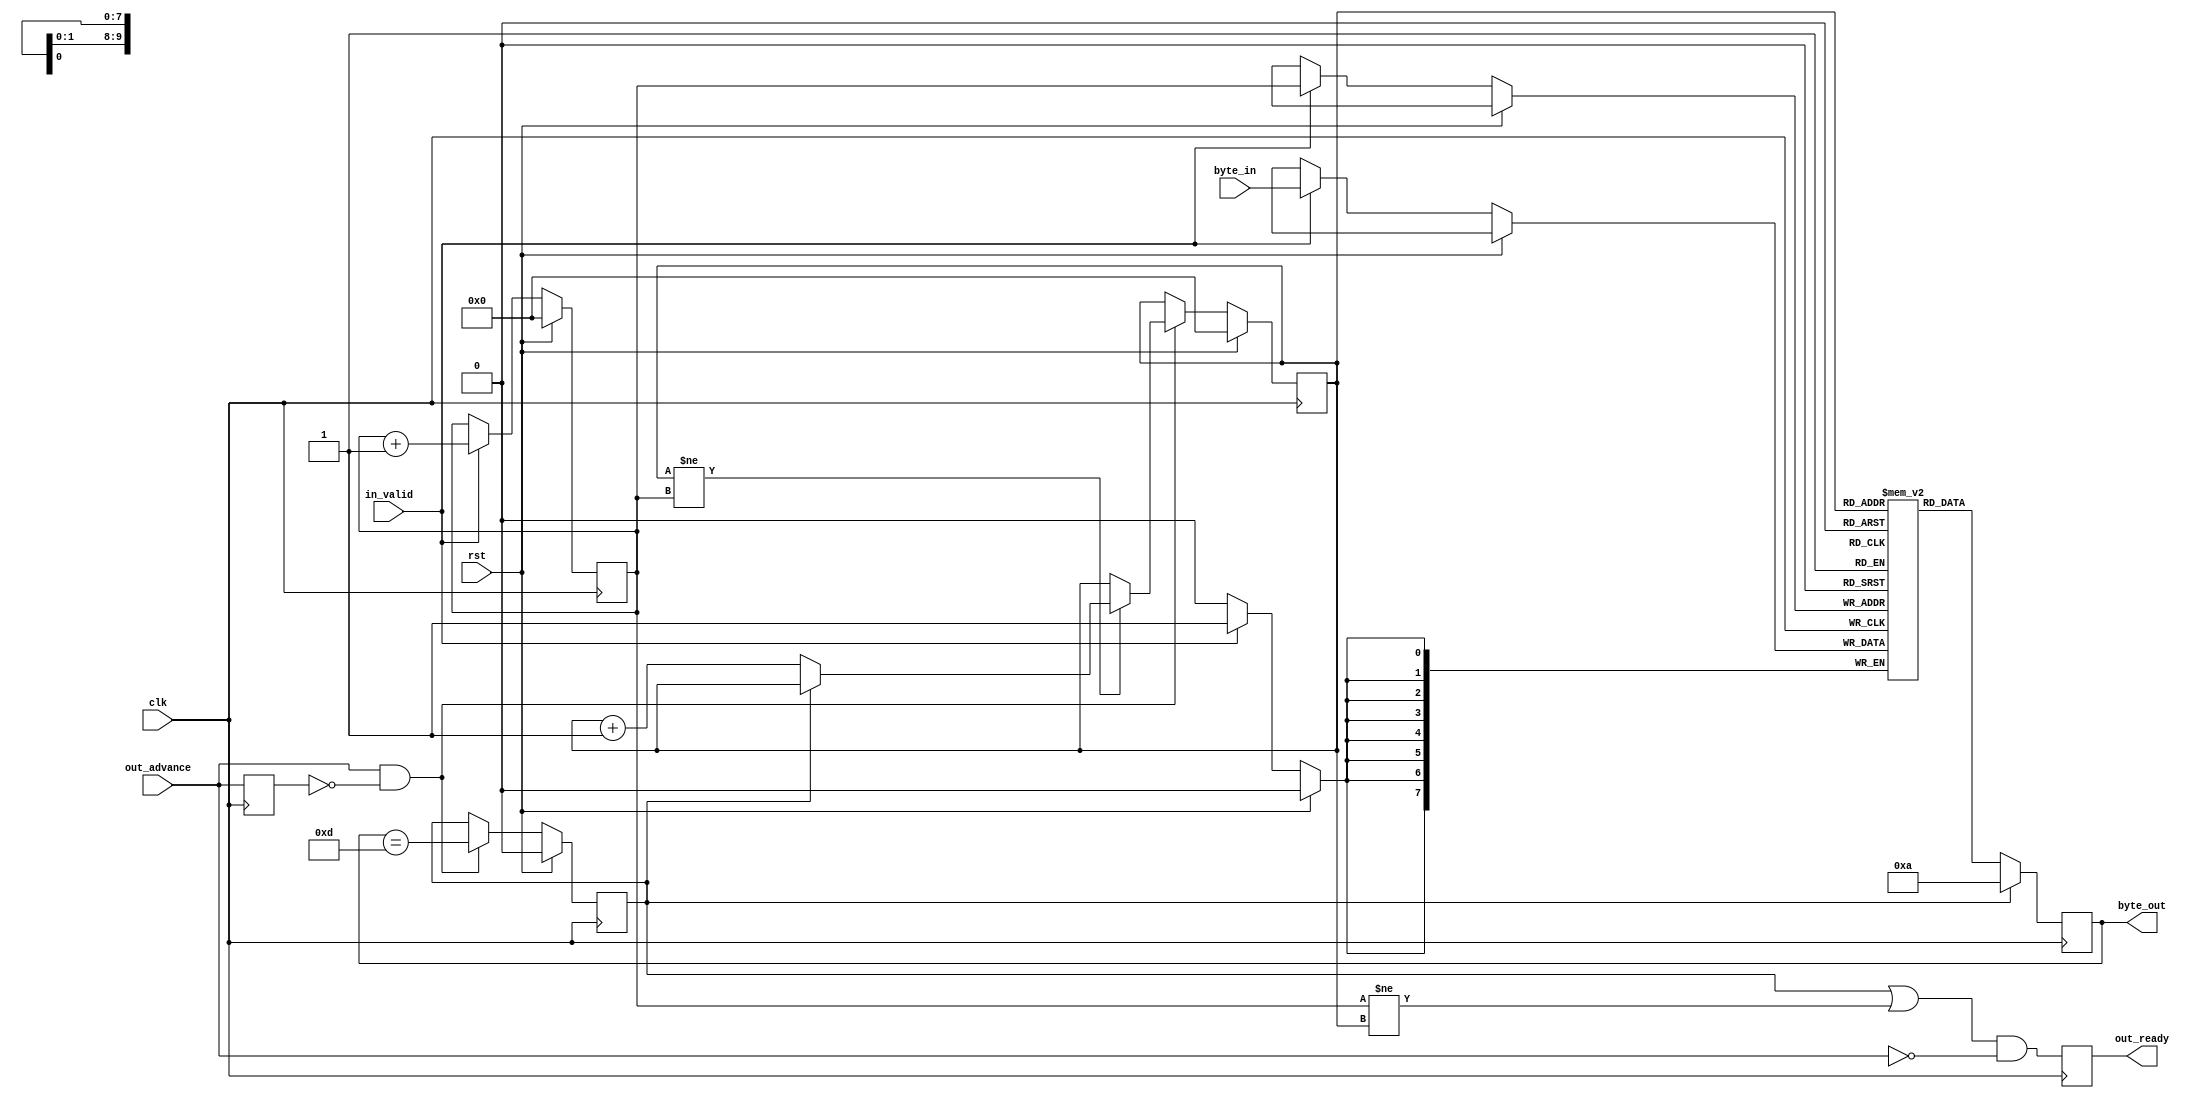
`ifndef _include_uart_tx_buffer_
`define _include_uart_tx_buffer_

module UartTxBuffer (
        input  wire [7:0] byte_in,
        input  wire       in_valid,

        output reg  [7:0] byte_out,
        input  wire       out_advance,
        output reg        out_ready,

        input wire clk,
        input wire rst
    );

    reg [9:0] write_addr;
    reg [9:0] read_addr;
    reg [7:0] buffer [1023:0];

    reg out_advance_delay;
	 
	 reg send_newline; // Godammit putty, godammit windows

    always @(posedge clk) begin
        if (rst) begin
            write_addr <= 0;
        end else if (in_valid) begin
            write_addr <= write_addr + 1;
            buffer[write_addr] <= byte_in;
        end
    end

    always @(posedge clk) begin
        if (rst) begin
            read_addr <= 0;
				send_newline <= 0;
        end else if (out_advance && !out_advance_delay) begin
		      if (read_addr != write_addr) begin
				    if (!send_newline) begin
				        read_addr <= read_addr + 1;
					 end
				end
				send_newline <= (byte_out == 8'b00001101);
        end
		  
		  if (send_newline) begin
		      byte_out <= 8'b00001010;
		  end else begin
		      byte_out <= buffer[read_addr];
		  end
    end

    always @(posedge clk) begin
        out_ready <= ((send_newline || (write_addr != read_addr)) && !out_advance);
    end

    always @(posedge clk) begin
        out_advance_delay <= out_advance;
    end

endmodule

`endif // _include_uart_tx_buffer_